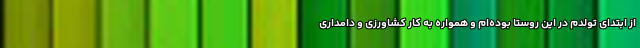
از ابتدای تولدم در این روستا بوده‌ام و همواره به کار کشاورزی و دامداری